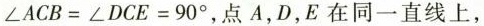
$$∠ A C B = ∠ D C E = 9 0 °$$，点A，D，E在同一直线上，